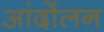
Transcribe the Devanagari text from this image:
आंदोंलन